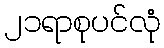
၂၁ရာစုပင်လုံ